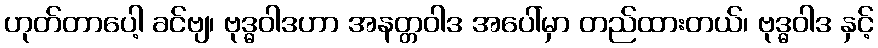
ဟုတ်တာပေါ့ ခင်ဗျ၊ ဗုဒ္ဓဝါဒဟာ အနတ္တဝါဒ အပေါ်မှာ တည်ထားတယ်၊ ဗုဒ္ဓဝါဒ နှင့်